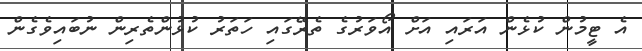
އެ ޓީމުން ކުޅެން އަރައި އަށް އޯވަރުގެ ތެރޭގައި ހަތަރު ކުޅުންތެރިން ނުބައިވެގެން